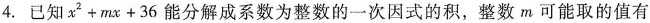
4.已知$$x ^ { 2 } + m x + 3 6$$能分解成系数为整数的一次因式的积，整数m可能取的值有